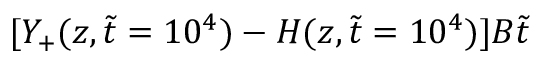
[ Y _ { + } ( z , \tilde { t } = 1 0 ^ { 4 } ) - H ( z , \tilde { t } = 1 0 ^ { 4 } ) ] B \tilde { t }